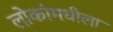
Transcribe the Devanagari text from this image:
लोकांमधीला